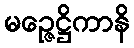
မဉ္ဇေဋ္ဌိကာနိ